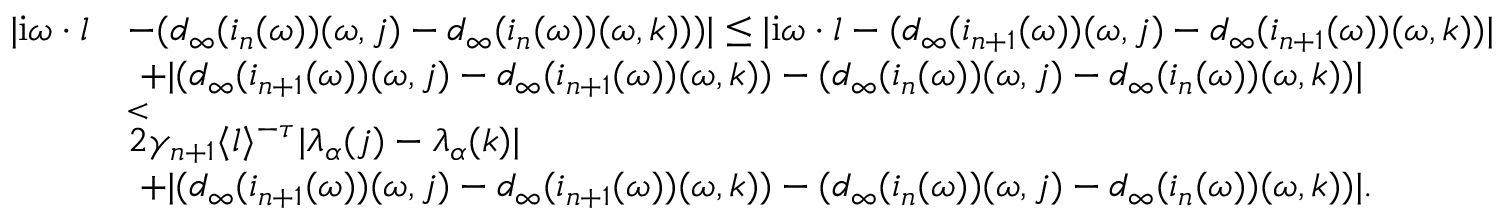
\begin{array} { r l } { | \mathrm { i } \omega \cdot l } & { - ( d _ { \infty } ( i _ { n } ( \omega ) ) ( \omega , j ) - d _ { \infty } ( i _ { n } ( \omega ) ) ( \omega , k ) ) ) | \le | \mathrm { i } \omega \cdot l - ( d _ { \infty } ( i _ { n + 1 } ( \omega ) ) ( \omega , j ) - d _ { \infty } ( i _ { n + 1 } ( \omega ) ) ( \omega , k ) ) | } \\ & { \ + | ( d _ { \infty } ( i _ { n + 1 } ( \omega ) ) ( \omega , j ) - d _ { \infty } ( i _ { n + 1 } ( \omega ) ) ( \omega , k ) ) - ( d _ { \infty } ( i _ { n } ( \omega ) ) ( \omega , j ) - d _ { \infty } ( i _ { n } ( \omega ) ) ( \omega , k ) ) | } \\ & { \overset < 2 \gamma _ { n + 1 } \langle l \rangle ^ { - \tau } | \lambda _ { \alpha } ( j ) - \lambda _ { \alpha } ( k ) | } \\ & { \ + | ( d _ { \infty } ( i _ { n + 1 } ( \omega ) ) ( \omega , j ) - d _ { \infty } ( i _ { n + 1 } ( \omega ) ) ( \omega , k ) ) - ( d _ { \infty } ( i _ { n } ( \omega ) ) ( \omega , j ) - d _ { \infty } ( i _ { n } ( \omega ) ) ( \omega , k ) ) | . } \end{array}